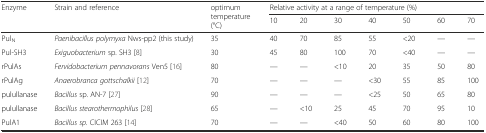
| <ROWSPAN=2> Enzyme | <ROWSPAN=2> Strain and reference | <ROWSPAN=2> optimum temperature (°C) | <COLSPAN=7> Relative activity at a range of temperature (%) |
 | 10 | 20 | 30 | 40 | 50 | 60 | 70 |
 | --- | --- | --- | --- | --- | --- | --- | --- | --- | --- |
 | PulN | Paenibacillus polymyxa Nws-pp2 (this study) | 35 | 40 | 70 | 85 | 55 | <20 | — | — |
 | Pul-SH3 | Exiguobacterium sp. SH3 [8] | 30 | 45 | 80 | 100 | 70 | <40 | — | — |
 | rPulAs | Fervidobacterium pennavorans Ven5 [16] | 80 | — | — | <10 | 20 | 35 | 50 | 80 |
 | rPulAg | Anaerobranca gottschalkii [12] | 70 | — | — | — | <30 | 55 | 85 | 100 |
 | pulullanase | Bacillus sp. AN-7 [27] | 90 | — | — | — | <25 | 50 | 65 | 80 |
 | pulullanase | Bacillus stearothermophilus [28] | 65 | — | <10 | 25 | 45 | 70 | 95 | 10 |
 | PulA1 | Bacillus sp. CICIM 263 [14] | 70 | — | — | <40 | 50 | 60 | 80 | 100 |